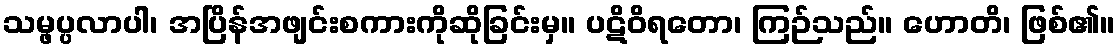
သမ္ဖပ္ပလာပါ၊ အပြိန်အဖျင်းစကားကိုဆိုခြင်းမှ။ ပဋိဝိရတော၊ ကြဉ်သည်။ ဟောတိ၊ ဖြစ်၏။